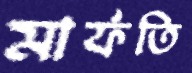
মার্ফতি